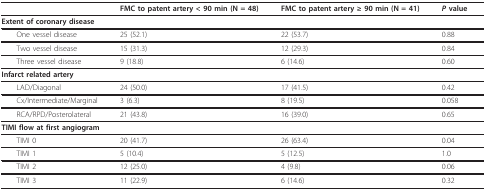
<table><thead><tr><td></td><td><b>FMC to patent artery &lt; 90 min (N = 48)</b></td><td><b>FMC to patent artery ≥ 90 min (N = 41)</b></td><td><b><i>P </i>value</b></td></tr></thead><tbody><tr><td colspan="4"><b>Extent of coronary disease</b></td></tr><tr><td> One vessel disease</td><td>25 (52.1)</td><td>22 (53.7)</td><td>0.88</td></tr><tr><td> Two vessel disease</td><td>15 (31.3)</td><td>12 (29.3)</td><td>0.84</td></tr><tr><td> Three vessel disease</td><td>9 (18.8)</td><td>6 (14.6)</td><td>0.60</td></tr><tr><td colspan="4"><b>Infarct related artery</b></td></tr><tr><td> LAD/Diagonal</td><td>24 (50.0)</td><td>17 (41.5)</td><td>0.42</td></tr><tr><td> Cx/Intermediate/Marginal</td><td>3 (6.3)</td><td>8 (19.5)</td><td>0.058</td></tr><tr><td> RCA/RPD/Posterolateral</td><td>21 (43.8)</td><td>16 (39.0)</td><td>0.65</td></tr><tr><td colspan="4"><b>TIMI flow at first angiogram</b></td></tr><tr><td> TIMI 0</td><td>20 (41.7)</td><td>26 (63.4)</td><td>0.04</td></tr><tr><td> TIMI 1</td><td>5 (10.4)</td><td>5 (12.5)</td><td>1.0</td></tr><tr><td> TIMI 2</td><td>12 (25.0)</td><td>4 (9.8)</td><td>0.06</td></tr><tr><td> TIMI 3</td><td>11 (22.9)</td><td>6 (14.6)</td><td>0.32</td></tr></tbody></table>